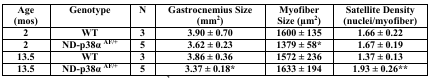
<table><thead><tr><td><b>Age (mos)</b></td><td><b>Genotype</b></td><td><b>N</b></td><td><b>Gastrocnemius Size (mm<sup>2</sup>)</b></td><td><b>Myofiber Size (μm<sup>2</sup>)</b></td><td><b>Satellite Density (nuclei/myofiber)</b></td></tr></thead><tbody><tr><td>2</td><td>WT</td><td>3</td><td>3.90 ± 0.70</td><td>1600 ± 135</td><td>1.66 ± 0.22</td></tr><tr><td>2</td><td>ND-p38α <sup>AF/+</sup></td><td>5</td><td>3.62 ± 0.23</td><td>1379 ± 58*</td><td>1.67 ± 0.19</td></tr><tr><td>13.5</td><td>WT</td><td>3</td><td>3.86 ± 0.36</td><td>1572 ± 236</td><td>1.37 ± 0.13</td></tr><tr><td>13.5</td><td>ND-p38α <sup>AF/+</sup></td><td>5</td><td>3.37 ± 0.18*</td><td>1633 ± 194</td><td>1.93 ± 0.26**</td></tr></tbody></table>